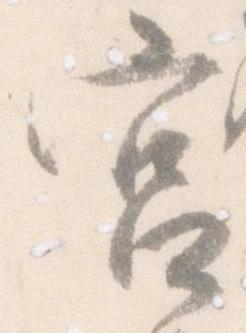
宮